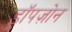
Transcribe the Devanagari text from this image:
ड्रॉपज़ोन